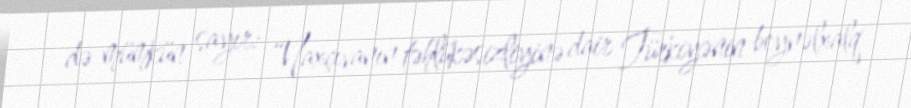
də mümkün sayır: “Naxçıvanın təhlükəsizliyinə dair Türkiyənin beynəlxalq